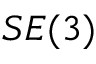
S E ( 3 )